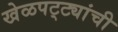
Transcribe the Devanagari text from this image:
खेळपट्ट्यांची